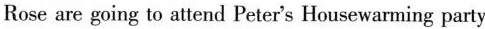
Rose are going to attend Peter's Housewarming party